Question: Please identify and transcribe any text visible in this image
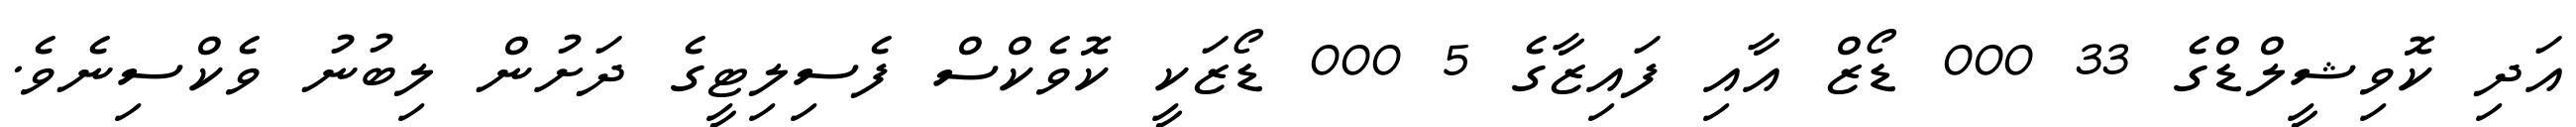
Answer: އަދި ކޮވިޝީލްޑްގެ 33 000 ޑޯޒް އާއި ފައިޒާގެ 5 000 ޑޯޒަކީ ކޮވެކްސް ފެސިލިޓީގެ ދަށުން ލިބުނު ވެކްސިނެވެ.